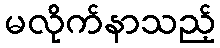
မလိုက်နာသည့်